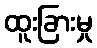
ထူးခြားမှု